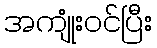
အကျုံးဝင်ပြီး